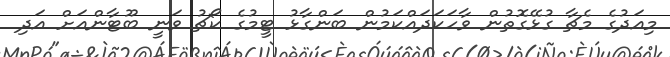
މިއަދުގެ މެޗާ ގުޅޭގޮތުން ވާހަކަދައްކަމުން ބަންގާޅު ޓީމުގެ ކޯޗު ވަނީ ބޫޓާންއަށް އަދި